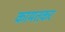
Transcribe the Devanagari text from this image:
कामतकर